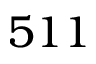
5 1 1